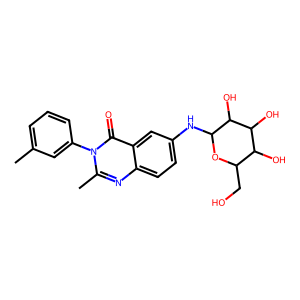
SMILES: Cc1cccc(-n2c(C)nc3ccc(NC4OC(CO)C(O)C(O)C4O)cc3c2=O)c1
Inhibits HIV replication: No